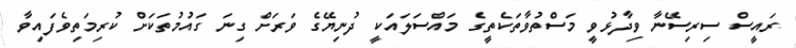
ރައީސް ސިރިސޭނާ ވިދާޅުވީ މަސްތުވާތަކެތީގެ މައްސަލައަކީ ދުނިޔޭގެ ވަރަށް ގިނަ ގައުމުތަކަށް ކުރިމަތިވެފައިވާ